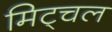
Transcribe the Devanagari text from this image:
मिट्चल